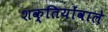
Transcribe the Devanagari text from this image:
शक्तियोंवाले